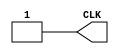
`timescale 1ns/1ns

module Clock_300(CLK);

output CLK;
reg CLK;

initial begin
	CLK = 1'b1;
end

always begin
	#150 CLK = 1'b0;
	#150 CLK = 1'b1;
end

endmodule